Report on vaccination in the Province of Bengal - 1869-1873
Year: 1869
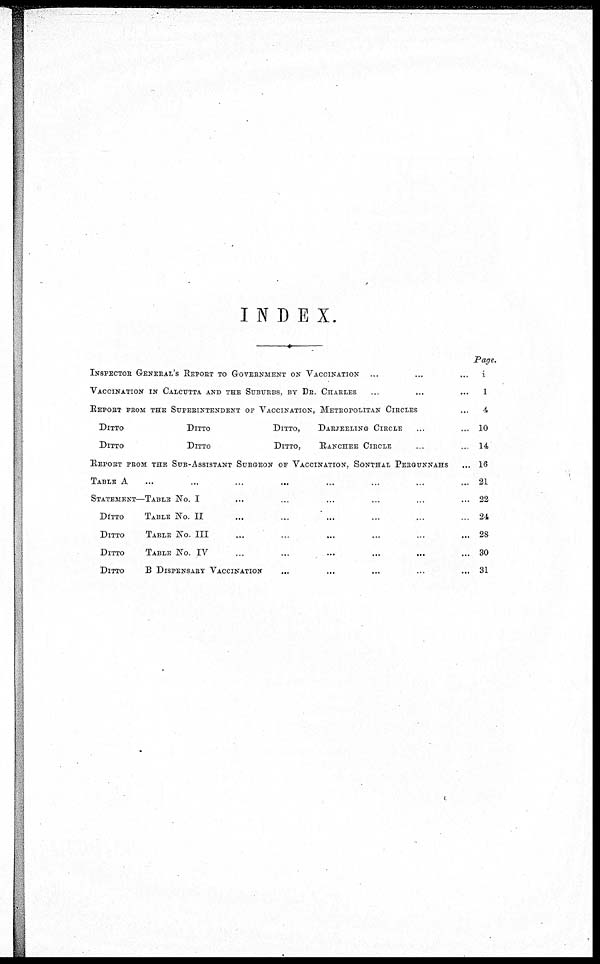
INDEX.
INSPECTOR GENERAL'S REPORT TO GOVERNMENT ON VACCINATION ... ... ...
VACCINATION IN CALCUTTA AND THE SUBURBS, BY DR. CHARLES ... ... ...
REPORT FROM THE SUPERINTENDENT OF VACCINATION, METROPOLITAN CIRCLES ...
DITTO
DITTO
DITTO,
DARJEELING CIRCLE ... ...
DITTO
DITTO
DITTO,
RANCHEE CIRCLE ... ...
REPORT FROM THE SUB-ASSISTANT SURGEON OF VACCINATION, SONTHAL PERGUNNAHS ...
TABLE A ... ... ... ... ... ... ... ...
STATEMENT—TABLE NO. I ... ... ... ... ... ...
DITTO
TABLE NO. II ... ... ... ... ... ...
DITTO
TABLE NO. III ... ... ... ... ... ...
DITTO
TABLE NO. IV ... ... ... ... ... ...
DITTO
B DISPENSARY VACCINATION ... ... ... ... ... ...
Page.
1
1
4
10
14
16
21
22
24
28
30
31